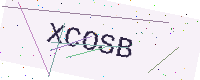
Text: XCOSB